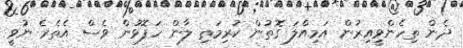
ދެން ތިހެންވީއިރުން އަމިއްލަ ގޮތުން ކުރިމަތި ލާން ހަފޮޅުން ވެސް އެތެރެ ނުވީ